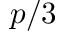
p / 3